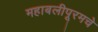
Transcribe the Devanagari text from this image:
महाबलीपूरमचे